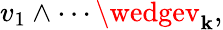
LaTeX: v_{1}\wedge\cdots\wedgev_{\mathbf{k}},